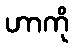
ဟာကို